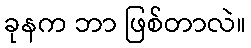
ခုနက ဘာ ဖြစ်တာလဲ။